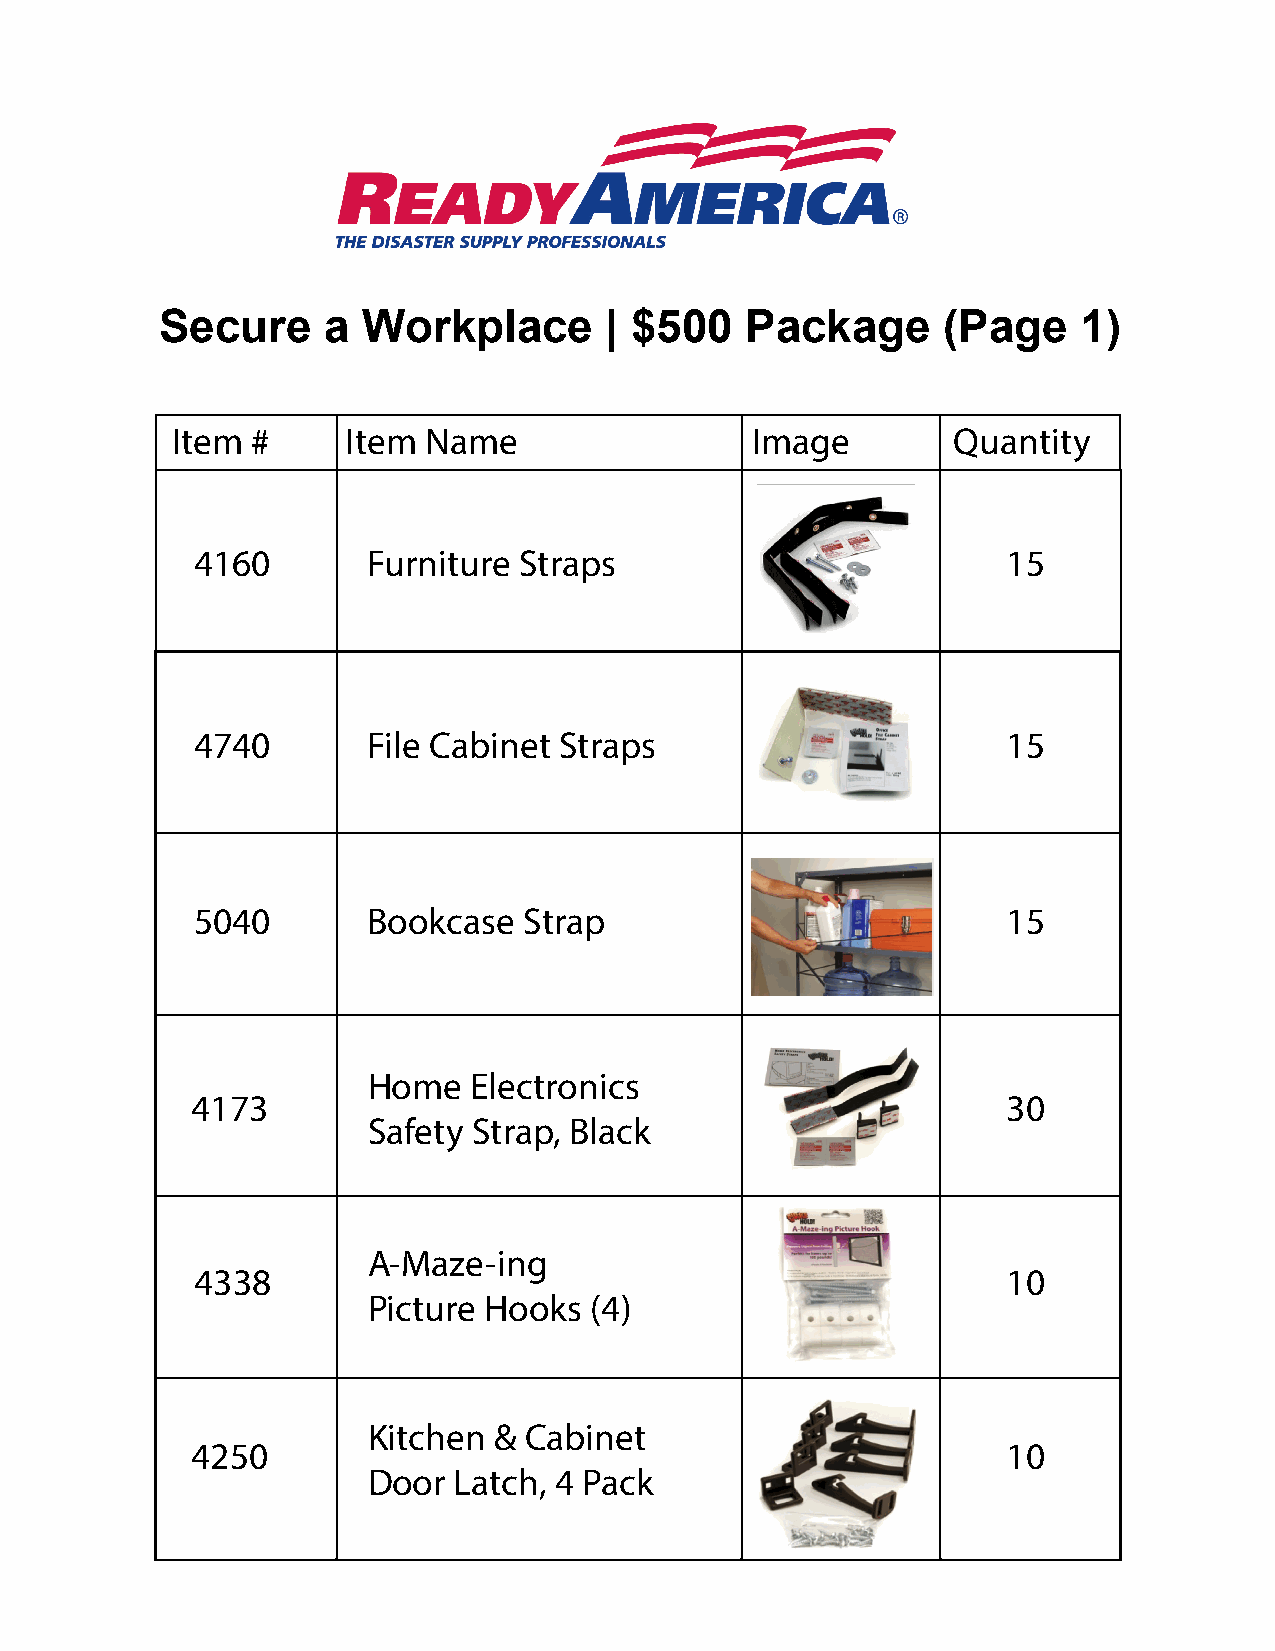
Secure    a  Workplace       | $500   Package      (Page     1)
 Item  #     Item Name                  Image        Quantity
 4160       Furniture Straps                           15
 4740       File Cabinet Straps                        15
 5040       Bookcase   Strap                           15
 Home   Electronics
 4173                                                  30
 Safety Strap, Black
 A-Maze-ing
 4338                                                  10
 Picture Hooks  (4)
 Kitchen  & Cabinet
 4250                                                  10
 Door  Latch, 4 Pack